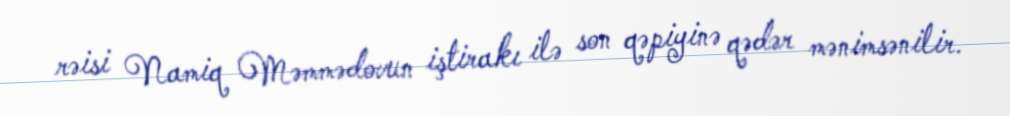
rəisi Namiq Məmmədovun iştirakı ilə son qəpiyinə qədər mənimsənilir.